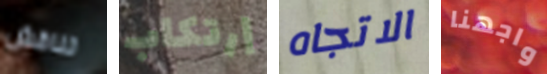
تناقش إرتكاب الاتجاه واجهنا